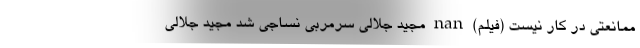
ممانعتی در کار نیست (فیلم) nan مجید جلالی سرمربی نساجی شد مجید جلالی